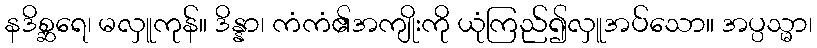
နဒိစ္ဆရေ၊ မလှူကုန်။ ဒိန္နာ၊ ကံကံ၏အကျိုးကို ယုံကြည်၍လှူအပ်သော။ အပ္ပသ္မာ၊